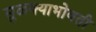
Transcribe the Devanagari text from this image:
सुळक्याभोवती